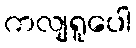
ကလျရူပေါ